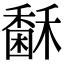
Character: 𥢖